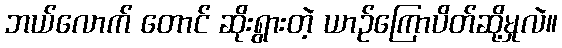
ဘယ်လောက် တောင် ဆိုးရွားတဲ့ ယာဉ်ကြောပိတ်ဆို့မှုလဲ။